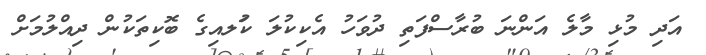
އަދި މުޅި މާލެ އަންނަ ބުރާސްފަތި ދުވަހު އެކިކުލަ ކުަލއިގެ ބޮކިތަކުން ދިއްލުމަށް